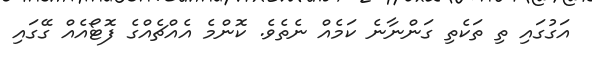
އަގުގައި ތި ތަކެތި ގަންނާނެ ކަމެއް ނެތެވެ. ކޮންމެ އެއްޗެއްގެ ފޮޓޯއެއް ގޭގައި